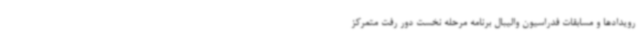
رویدادها و مسابقات فدراسیون والیبال برنامه مرحله نخست دور رفت متمرکز